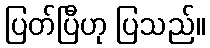
ပြတ်ပြီဟု ပြသည်။